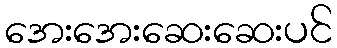
အေးအေးဆေးဆေးပင်